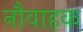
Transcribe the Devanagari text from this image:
नौवाहक